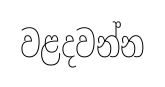
වළදවන්න